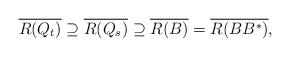
LaTeX: \begin{align*}\overline{R(Q_t)} \supseteq \overline{R(Q_s)} \supseteq \overline{R(B)}=\overline{R(BB^*)},\end{align*}